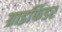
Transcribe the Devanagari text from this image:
ग्राइफिंडर